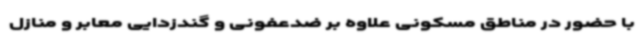
با حضور در مناطق مسکونی علاوه بر ضدعفونی و گندزدایی معابر و منازل